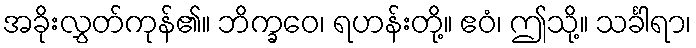
အခိုးလွှတ်ကုန်၏။ ဘိက္ခဝေ၊ ရဟန်းတို့။ ဧဝံ၊ ဤသို့။ သင်္ခါရာ၊